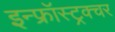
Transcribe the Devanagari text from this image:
इन्फ्रॉस्ट्रक्चर